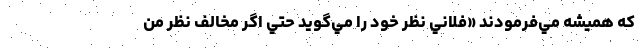
كه هميشه مي‌فرمودند «فلاني نظر خود را مي‌گويد حتي اگر مخالف نظر من